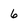
Character: 6